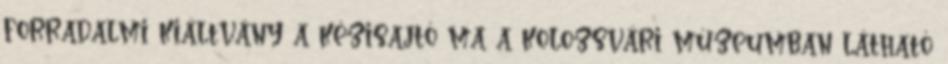
forradalmi kiáltvány a kézisajtó ma a kolozsvári múzeumban látható